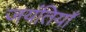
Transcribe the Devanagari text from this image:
जयंतियाँ